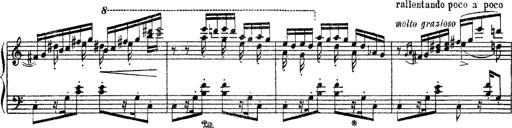
Title: Apparitions
Composer: Franz Liszt